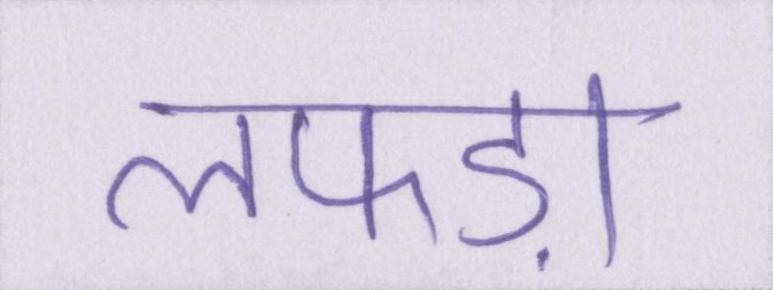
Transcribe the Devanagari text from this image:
लफड़ा